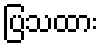
ပြသထား